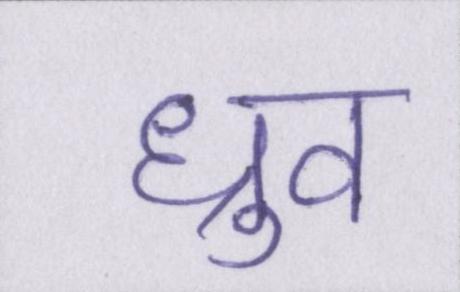
ध्रुव